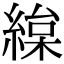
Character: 𦂅